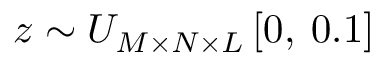
z \sim U _ { M \times N \times L } \left[ 0 , \: 0 . 1 \right]